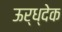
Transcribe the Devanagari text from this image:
ऊर्ध्देक